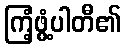
ကြံ့ဖွံ့ပါတီ၏